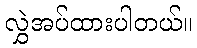
လွှဲအပ်ထားပါတယ်။